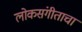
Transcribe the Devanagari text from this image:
लोकसंगीताचा